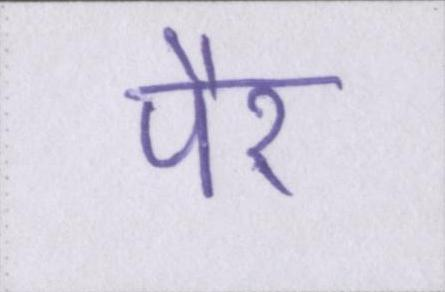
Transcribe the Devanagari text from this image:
पैर